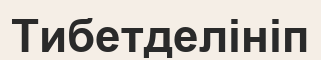
Тибетделініп